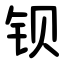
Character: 钡